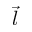
\vec { l }